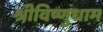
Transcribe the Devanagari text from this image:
श्रीविष्णुधाम